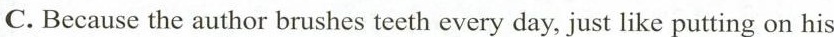
C.Because the author brushes teeth every day, just like putting on his